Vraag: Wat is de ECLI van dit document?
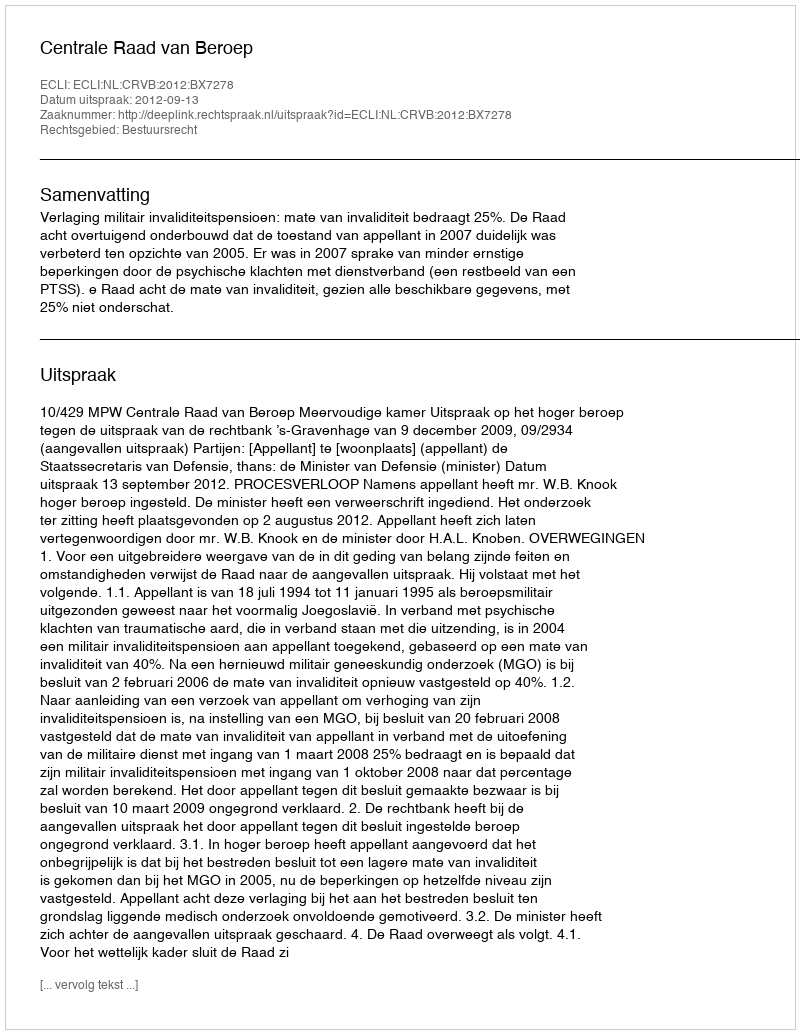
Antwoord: ECLI:NL:CRVB:2012:BX7278